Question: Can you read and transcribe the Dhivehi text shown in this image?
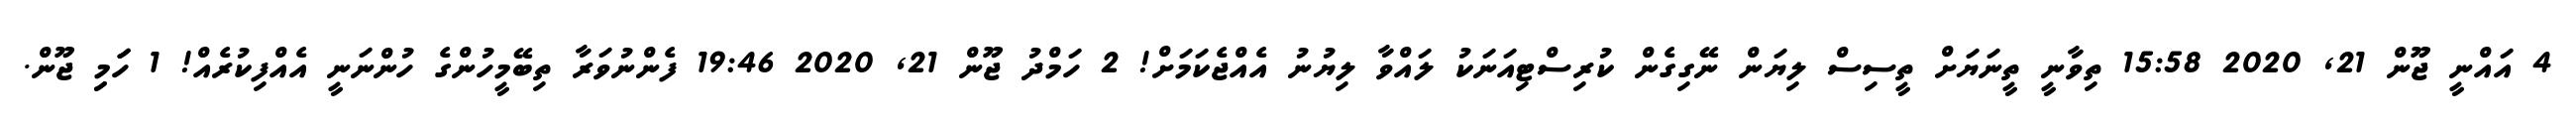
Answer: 4 އައްނީ ޖޫން 21, 2020 15:58 ތިވާނީ ތީނަޔަށް ތީސިސް ލިޔަން ނޭގިގެން ކުރިސްޓިއަނަކު ލައްވާ ލިޔުނު އެއްޖެކަމަށް! 2 ހަމްދު ޖޫން 21, 2020 19:46 ފެންނުވަރާ ތިބޭމީހުންގެ ހުންނަނީ އެއްފިކުރެއް! 1 ހަަމިި ޖޫން.